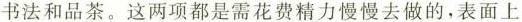
书法和品茶。这两项都是需花费精力慢慢去做的，表面上